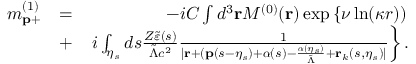
\begin{array} { r l r } { m _ { \mathbf { p } + } ^ { ( 1 ) } } & { = } & { - i { \cal C } \int d ^ { 3 } \mathbf { r } { \cal M } ^ { ( 0 ) } ( \mathbf { r } ) \exp \left\{ \nu \ln ( \kappa r ) ) \right. } \\ & { + } & { \left. i \int _ { \eta _ { s } } d s \frac { Z \tilde { \varepsilon } ( s ) } { \tilde { \Lambda } c ^ { 2 } } \frac { 1 } { | \mathbf { r } + ( \mathbf { p } ( s - \eta _ { s } ) + \boldsymbol { \alpha } ( s ) - \frac { { \boldsymbol \alpha } ( \eta _ { s } ) } { \tilde { \Lambda } } + \mathbf { r } _ { k } ( s , \eta _ { s } ) | } \right\} . } \end{array}